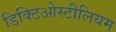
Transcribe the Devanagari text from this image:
डिक्टिओस्टीलियम